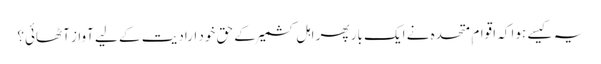
یہ کیسے ہوا کہ اقوام ِ متحدہ نے ایک بار پھر اہلِ کشمیرکے حقِ خود ارادیت کے لیے آواز آٹھائی؟